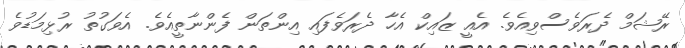
ރޭޝަމް ދެރަވެސްވިއެވެ. އެއީ ޒައިކް އެހާ ދެރަވެފައި އިންތަން ފެންނާތީއެވެ. އެވަގުތު ރުޅިމަޑުވެ